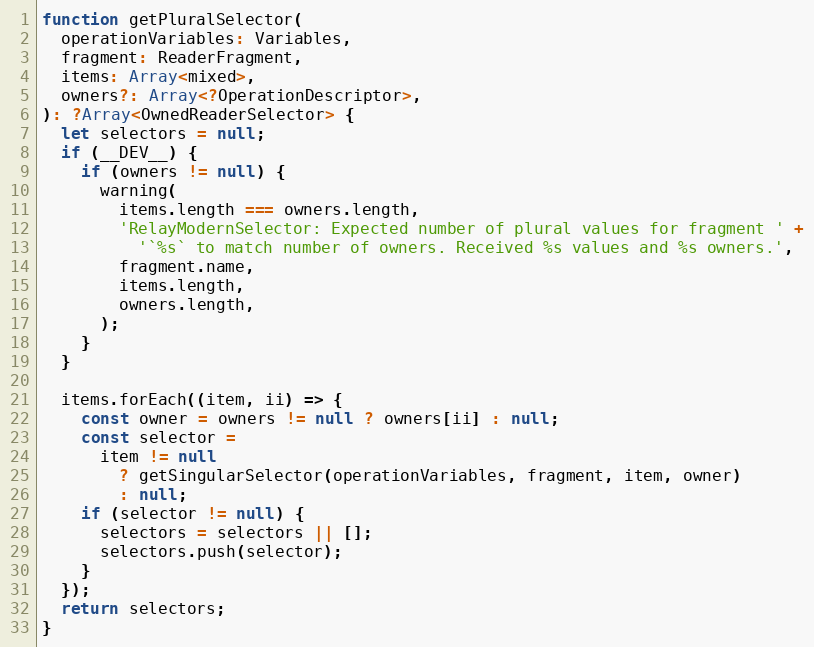
Language: JavaScript
function getPluralSelector(
  operationVariables: Variables,
  fragment: ReaderFragment,
  items: Array<mixed>,
  owners?: Array<?OperationDescriptor>,
): ?Array<OwnedReaderSelector> {
  let selectors = null;
  if (__DEV__) {
    if (owners != null) {
      warning(
        items.length === owners.length,
        'RelayModernSelector: Expected number of plural values for fragment ' +
          '`%s` to match number of owners. Received %s values and %s owners.',
        fragment.name,
        items.length,
        owners.length,
      );
    }
  }

  items.forEach((item, ii) => {
    const owner = owners != null ? owners[ii] : null;
    const selector =
      item != null
        ? getSingularSelector(operationVariables, fragment, item, owner)
        : null;
    if (selector != null) {
      selectors = selectors || [];
      selectors.push(selector);
    }
  });
  return selectors;
}